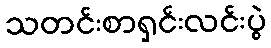
သတင်းစာရှင်းလင်းပွဲ